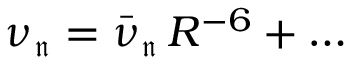
\nu _ { \mathfrak { n } } = \bar { \nu } _ { \mathfrak { n } } \, R ^ { - 6 } + \dots